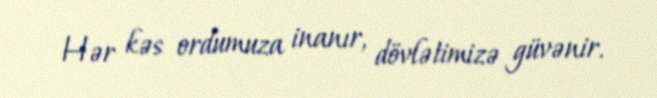
Hər kəs ordumuza inanır, dövlətimizə güvənir.